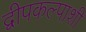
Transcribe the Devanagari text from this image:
द्वीपकल्पाशी